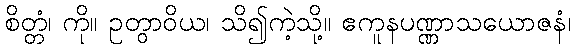
စိတ္တံ၊ ကို။ ဥတွာဝိယ၊ သိ၍ကဲ့သို့။ ဧကူနပဏ္ဏာသယောဇနံ၊